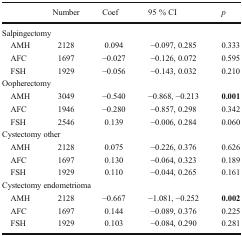
<table><thead><tr><td></td><td><b>Number</b></td><td><b>Coef</b></td><td><b>95 % CI</b></td><td><b><i>p</i></b></td></tr></thead><tbody><tr><td colspan="5">Salpingectomy</td></tr><tr><td> AMH</td><td>2128</td><td>0.094</td><td>−0.097, 0.285</td><td>0.333</td></tr><tr><td> AFC</td><td>1697</td><td>−0.027</td><td>−0.126, 0.072</td><td>0.595</td></tr><tr><td> FSH</td><td>1929</td><td>−0.056</td><td>−0.143, 0.032</td><td>0.210</td></tr><tr><td colspan="5">Oopherectomy</td></tr><tr><td> AMH</td><td>3049</td><td>−0.540</td><td>−0.868, −0.213</td><td><b>0.001</b></td></tr><tr><td> AFC</td><td>1946</td><td>−0.280</td><td>−0.857, 0.298</td><td>0.342</td></tr><tr><td> FSH</td><td>2546</td><td>0.139</td><td>−0.006, 0.284</td><td>0.060</td></tr><tr><td colspan="5">Cystectomy other</td></tr><tr><td> AMH</td><td>2128</td><td>0.075</td><td>−0.226, 0.376</td><td>0.626</td></tr><tr><td> AFC</td><td>1697</td><td>0.130</td><td>−0.064, 0.323</td><td>0.189</td></tr><tr><td> FSH</td><td>1929</td><td>0.110</td><td>−0.044, 0.265</td><td>0.161</td></tr><tr><td colspan="5">Cystectomy endometrioma</td></tr><tr><td> AMH</td><td>2128</td><td>−0.667</td><td>−1.081, −0.252</td><td><b>0.002</b></td></tr><tr><td> AFC</td><td>1697</td><td>0.144</td><td>−0.089, 0.376</td><td>0.225</td></tr><tr><td> FSH</td><td>1929</td><td>0.103</td><td>−0.084, 0.290</td><td>0.281</td></tr></tbody></table>